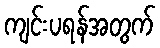
ကျင်းပရန်အတွက်